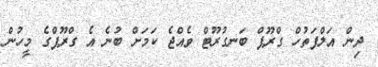
ދިން އަލްފަތުހް ގްރޫޕް ބަނގުރޫޓް ވެއްޖެ ކަމަށް ބުނެ އެ ގްރޫޕްގެ މީހުން